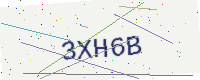
Text: 3XH6B